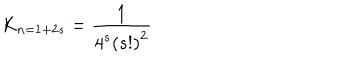
K _ { n = 1 + 2 s } = \frac { 1 } { 4 ^ { s } \left( s ! \right) ^ { 2 } }